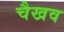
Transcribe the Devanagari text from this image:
चैखव